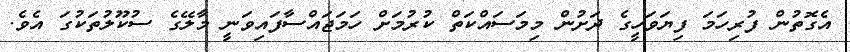
އެގޮތުން ފުރިހަމަ ފިޔަވަހީގެ ދަށުން މިމަސައްކަތް ކުރުމަށް ހަމަޖައްސާފައިވަނީ މާލޭގެ ސުކޫލުތަކުގަ އެވެ.